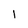
Character: 1